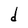
Character: d